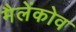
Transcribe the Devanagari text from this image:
मैलेंकोव